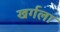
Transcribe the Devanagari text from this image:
खर्गला